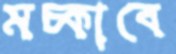
মচ্‌কাবে